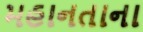
મહાનતાના